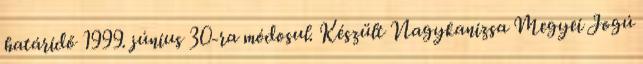
határidő 1999. június 30-ra módosul. Készült Nagykanizsa Megyei Jogú